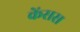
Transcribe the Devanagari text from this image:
केंसस